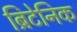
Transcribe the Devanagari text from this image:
ब्रिटेनिक